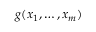
g ( x _ { 1 } , \dots , x _ { m } )